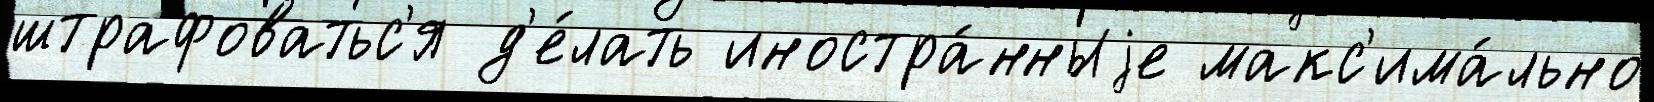
штрафоватьс'я д'е́лать иностра́нныjе макс'има́льно